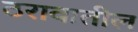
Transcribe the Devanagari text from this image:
ठरावातील